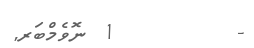
-        1 ނޮވެމްބަރ